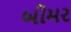
બીમર